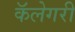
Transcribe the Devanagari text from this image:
कॅलेगरी